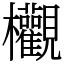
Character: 欟